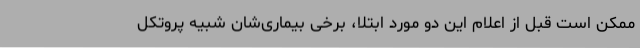
ممکن است قبل از اعلام این دو مورد ابتلا، برخی بیماری‌شان شبیه پروتکل